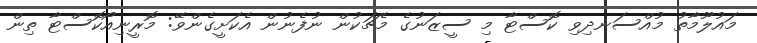
މައުލޫމާތު މުއްސަނދިވި ކޮސްޓާ މި ސީޒަނުގެ މެޗަކުން ނުފެނުން އެކަށީގެންވޭ: މޮރީނިއޯކޮސްޓާ ތިން